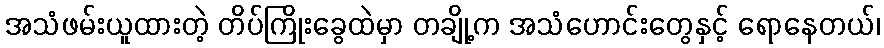
အသံဖမ်းယူထားတဲ့ တိပ်ကြိုးခွေထဲမှာ တချို့က အသံဟောင်းတွေနှင့် ရောနေတယ်၊